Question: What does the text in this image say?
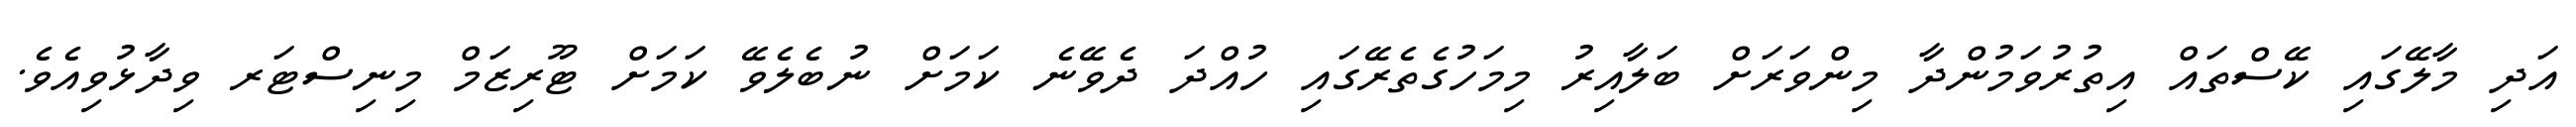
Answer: އަދި މާލޭގައި ކޭސްތައް އިތުރުވަމުންދާ މިންވަރަށް ބަލާއިރު މިމަހުގެތެރޭގައި ހުއްދަ ދެވޭނެ ކަމަށް ނުބެލެވޭ ކަމަށް ޓޫރިޒަމް މިނިސްޓަރ ވިދާޅުވިއެވެ.